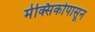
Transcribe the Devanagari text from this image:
मेक्सिकोपासून